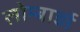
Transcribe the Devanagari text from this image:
लोम्बार्ड़ो